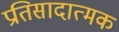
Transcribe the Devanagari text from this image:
प्रतिसादात्मक